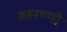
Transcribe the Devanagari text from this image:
ब्रह्मण्यो